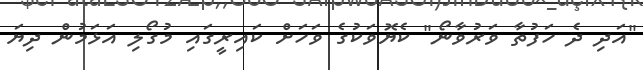
"އަދި ދެ ހަފުތާ ވަރުވާނޯ" ކެޔޮވަކުގެ ވަހަށް ކައިރީގައި މުގޯލި އަޅަމުން ދިޔަ